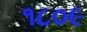
૧૮૦૯